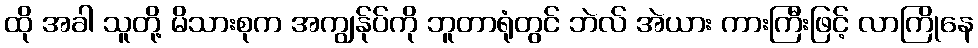
ထို အခါ သူတို့ မိသားစုက အကျွန်ုပ်ကို ဘူတာရုံတွင် ဘဲလ် အဲယား ကားကြီးဖြင့် လာကြိုနေ